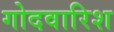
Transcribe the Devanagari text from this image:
गोदवारिश